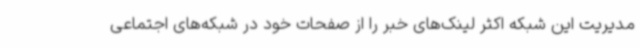
مدیریت این شبکه اکثر لینک‌های خبر را از صفحات خود در شبکه‌های اجتماعی